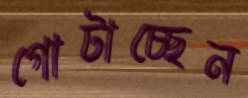
গোটাচ্ছেন